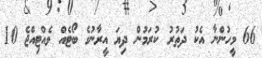
66 މީހުންނާ އެކު ދަތުރު ކުރަމުން ދިޔަ އީރާނުގެ ބޯޓެއް ވެއްޓިއްޖެ 10